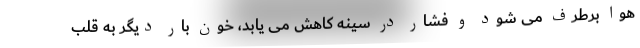
هوا برطرف می شود و فشار در سینه کاهش می یابد، خون بار دیگر به قلب